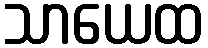
သာယေထ